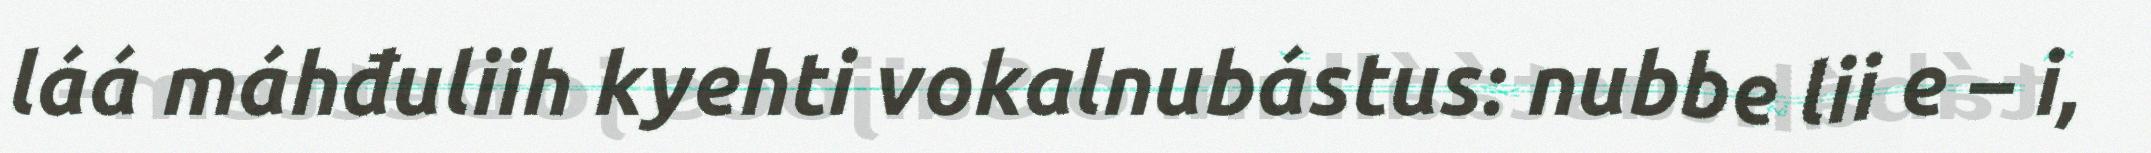
láá máhđuliih kyehti vokalnubástus: nubbe lii e – i,